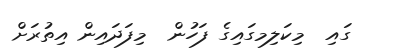
ގައި  މިކަލިމގައިގެ ފަހުން  މިފަދައިން އިތުރަށް